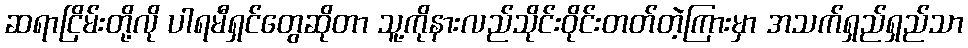
ဆရာငြိမ်းတို့လို ပါရမီရှင်တွေဆိုတာ သူ့ကိုနားလည်သိုင်းဝိုင်းတတ်တဲ့ကြားမှာ အသက်ရှည်ရှည်သာ